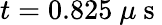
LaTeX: t=0.825~\mu\mathrm{~s~}